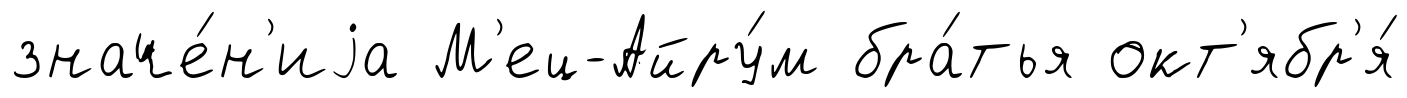
значе́н'иjа М'ец-Айру́м бра́тья окт'ябр'я́